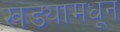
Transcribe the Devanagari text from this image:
खड्यामधून